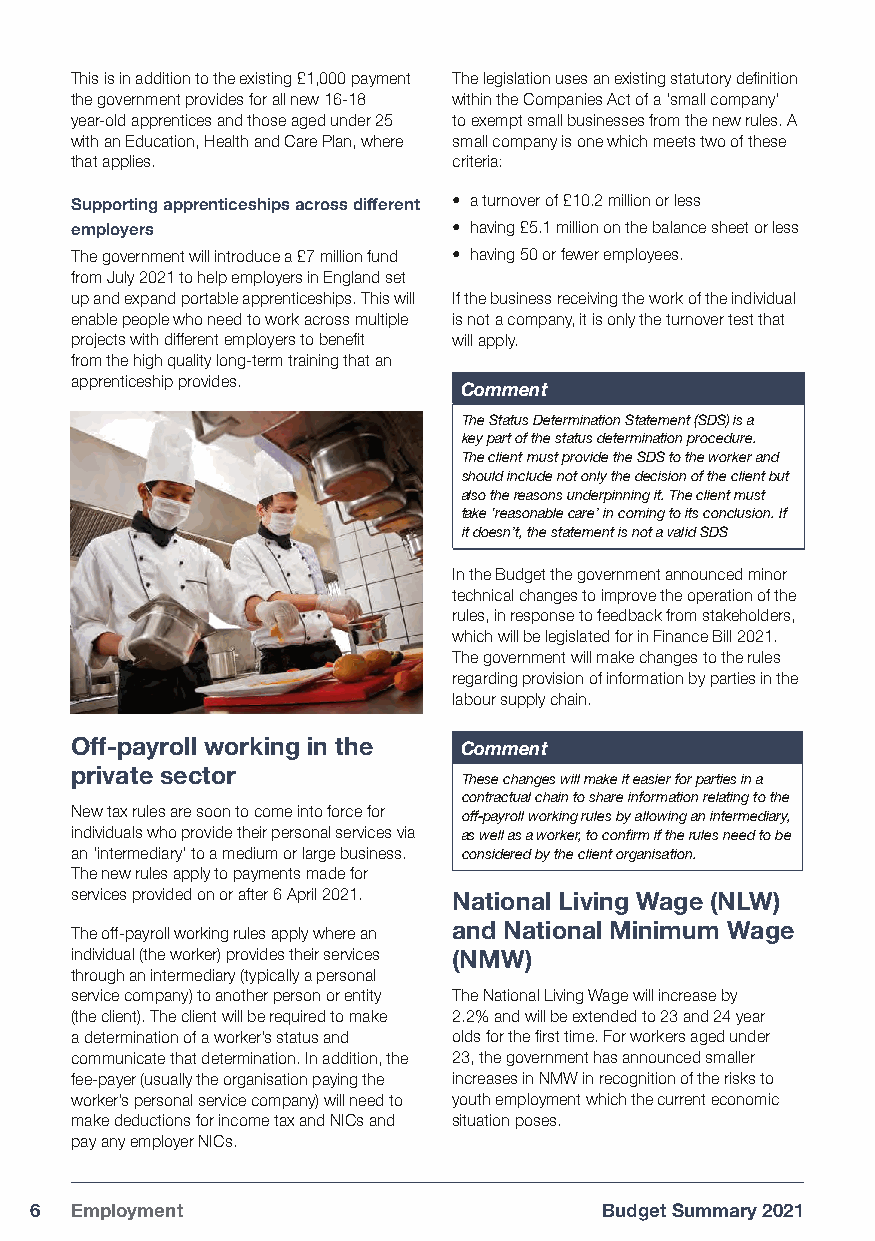
This is in addition to the existing £1,000 payment The legislation uses an existing statutory definition
 the government provides for all new 16-18 within the Companies Act of a ‘small company’
 year-old apprentices and those aged under 25 to exempt small businesses from the new rules. A
 with an Education, Health and Care Plan, where small company is one which meets two of these
 that applies.            criteria:
 Supporting apprenticeships across different • a turnover of £10.2 million or less
 employers                • having £5.1 million on the balance sheet or less
 The government will introduce a £7 million fund • having 50 or fewer employees.
 from July 2021 to help employers in England set
 up and expand portable apprenticeships. This will If the business receiving the work of the individual
 enable people who need to work across multiple is not a company, it is only the turnover test that
 projects with different employers to benefit will apply.
 from the high quality long-term training that an
 apprenticeship provides.
 Comment
 The Status Determination Statement (SDS) is a
 key part of the status determination procedure.
 The client must provide the SDS to the worker and
 should include not only the decision of the client but
 also the reasons underpinning it. The client must
 take ‘reasonable care’ in coming to its conclusion. If
 it doesn’t, the statement is not a valid SDS
 In the Budget the government announced minor
 technical changes to improve the operation of the
 rules, in response to feedback from stakeholders,
 which will be legislated for in Finance Bill 2021.
 The government will make changes to the rules
 regarding provision of information by parties in the
 labour supply chain.
 Off-payroll working in the Comment
 private sector
 These changes will make it easier for parties in a
 contractual chain to share information relating to the
 New tax rules are soon to come into force for off-payroll working rules by allowing an intermediary,
 individuals who provide their personal services via as well as a worker, to confirm if the rules need to be
 an ‘intermediary’ to a medium or large business. considered by the client organisation.
 The new rules apply to payments made for
 services provided on or after 6 April 2021. National Living Wage (NLW)
 and National Minimum Wage
 The off-payroll working rules apply where an
 individual (the worker) provides their services (NMW)
 through an intermediary (typically a personal
 service company) to another person or entity The National Living Wage will increase by
 (the client). The client will be required to make 2.2% and will be extended to 23 and 24 year
 a determination of a worker’s status and olds for the first time. For workers aged under
 communicate that determination. In addition, the 23, the government has announced smaller
 fee-payer (usually the organisation paying the increases in NMW in recognition of the risks to
 worker’s personal service company) will need to youth employment which the current economic
 make deductions for income tax and NICs and situation poses.
 pay any employer NICs.
 6  Employment                         Budget Summary 2021